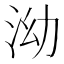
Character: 泑